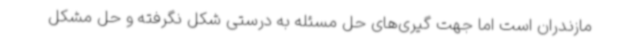
مازندران است اما جهت گیری‌های حل مسئله به درستی شکل نگرفته و حل مشکل